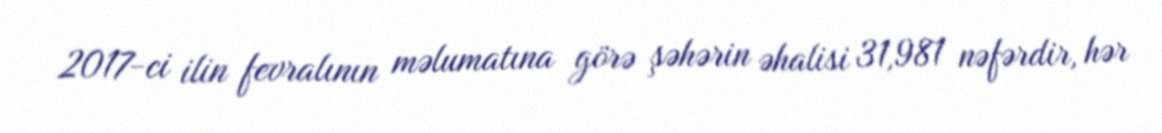
2017-ci ilin fevralının məlumatına görə şəhərin əhalisi 31,981 nəfərdir, hər